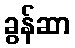
ခွန်ဆာ